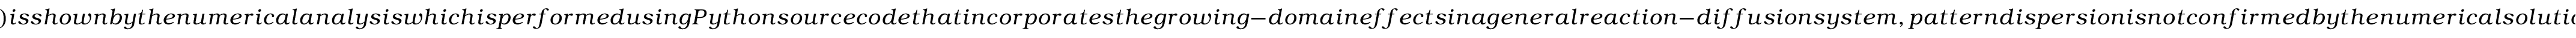
) i s s h o w n b y t h e n u m e r i c a l a n a l y s i s w h i c h i s p e r f o r m e d u s i n g P y t h o n s o u r c e c o d e t h a t i n c o r p o r a t e s t h e g r o w i n g - d o m a i n e f f e c t s i n a g e n e r a l r e a c t i o n - d i f f u s i o n s y s t e m , p a t t e r n d i s p e r s i o n i s n o t c o n f i r m e d b y t h e n u m e r i c a l s o l u t i o n s o f t h e s y s t e m (